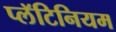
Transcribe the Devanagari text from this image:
प्लॅटिनियम